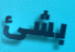
بشئ